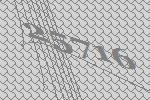
25716